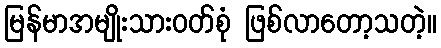
မြန်မာအမျိုးသားဝတ်စုံ ဖြစ်လာတော့သတဲ့။